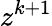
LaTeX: z^{k+1}